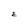
Character: E